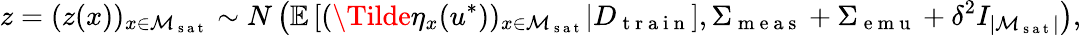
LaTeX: z=(z(x))_{x\in\mathcal{M}_{\mathrm{~s~a~t~}}}\sim N\left(\mathbb{E}\left[(\Tilde{\eta}_{x}(u^{*}))_{x\in\mathcal{M}_{\mathrm{~s~a~t~}}}\vert D_{\mathrm{~t~r~a~i~n~}}\right],\Sigma_{\mathrm{~m~e~a~s~}}+\Sigma_{\mathrm{~e~m~u~}}+\delta^{2}I_{\lvert\mathcal{M}_{\mathrm{~s~a~t~}}\rvert}\right),